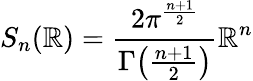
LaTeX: S_{n}(\mathbb{R})={\frac{{2\pi^{\frac{{n+1}}{{2}}}}}{{\Gamma{\big(}{\frac{{n+1}}{{2}}}{\big)}}}}\mathbb{R}^{n}